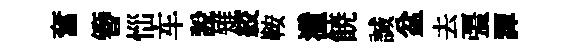
奮簪𢙉车說雉絞鞍潼𩜙誠盆去彊譚